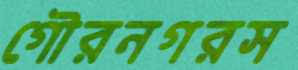
গৌরনগরস